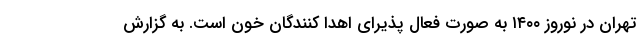
تهران در نوروز ۱۴۰۰ به صورت فعال پذیرای اهدا کنندگان خون است. به گزارش